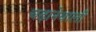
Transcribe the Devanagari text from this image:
चढ़ानेवाली